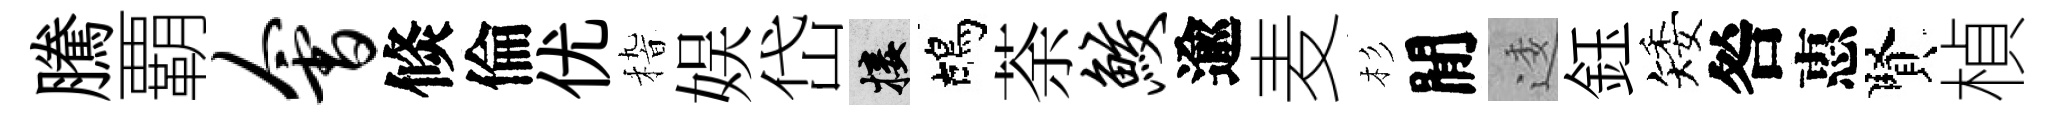
騰覇会倐倫优𥟵娱岱接鴣荼鲛逾麦杉閒逶鈺矮咎惠賢楨